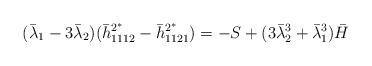
LaTeX: \begin{align*}(\bar \lambda_1-3\bar \lambda_2)(\bar h_{1112}^{2^{*}}-\bar h_{1121}^{2^{*}})=-S+(3\bar \lambda_2^3+\bar \lambda_1^3)\bar H\end{align*}